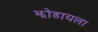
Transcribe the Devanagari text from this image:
झोडायला